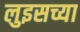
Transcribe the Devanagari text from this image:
लुइसच्या